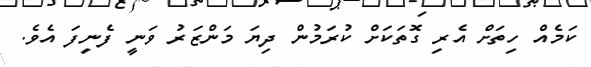
ކަމެއް ހިތަށް އެރި ގޮތަކަށް ކުރަމުން ދިޔަ މަންޒަރު ވަނީ ފެނިފަ އެވެ.